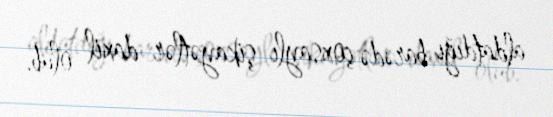
aldatdığı barədə çoxsaylı şikayətlər daxil olub.